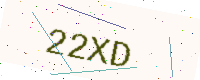
Text: 22XD